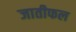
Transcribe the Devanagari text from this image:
जातीफल